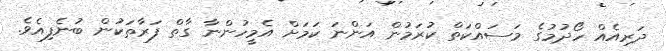
ދަރިއެއް ހޯދުމުގެ މަސައްކަތް ކުރަމުން އަންނަ ކަމަށް އެމީހުންނާ ގާތް ފަރާތަކުން ބުނެފިއެވެ.